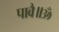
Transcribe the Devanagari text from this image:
पावै॥ॐ